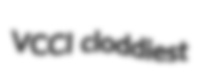
VCCI cloddiest